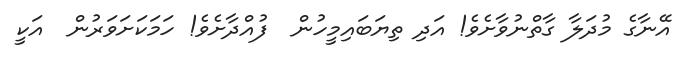
އޭނާގެ މުދަލާ ގާތްނުވާށެވެ! އަދި ތިޔަބައިމީހުން  ފުއްދާށެވެ! ހަމަކަށަވަރުން  އަކީ